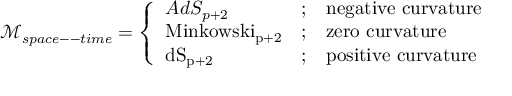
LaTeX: \mathcal { M } _ { s p a c e -- t i m e } = \left\{ \begin{array} { l c l } { { A d S _ { p + 2 } } } & { { ; } } & { { \mathrm { n e g a t i v e ~ c u r v a t u r e } } } \\ { { \mathrm { M i n k o w s k i _ { p + 2 } } } } & { { ; } } & { { \mathrm { z e r o ~ c u r v a t u r e } } } \\ { { \mathrm { d S _ { p + 2 } } } } & { { ; } } & { { \mathrm { p o s i t i v e ~ c u r v a t u r e } \ } } \end{array} \right.